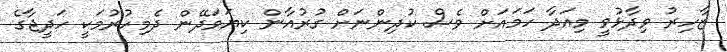
ޒާހިރު ވިދާޅުވީ މިއަދާ ހަމައަށް ވެސް ކުދިންނަށް ގުރުއާން ކިޔަވަދޭން ދެމިހުރުމަކީ ހަދީޖާގެ